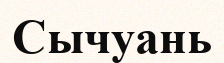
Сычуань